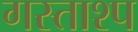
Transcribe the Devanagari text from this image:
गस्ताश्प